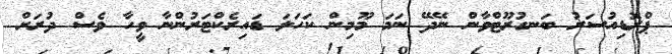
ޕްރޮޑިއުސަރު ބަނގުރޫޓްވާން ނޭދޭ ނަމަ މޫމިން ކަހަލަ ޑައިރެކްޓަރުންނާ ވީހާ ވެސް ދުރަށް